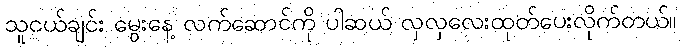
သူငယ်ချင်း မွေးနေ့ လက်ဆောင်ကို ပါဆယ် လှလှလေးထုတ်ပေးလိုက်တယ်။